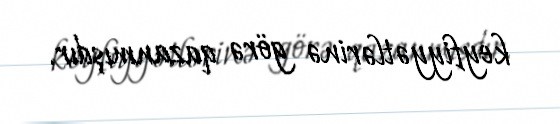
keyfiyyətlərinə görə qazanmışdır.